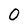
Character: 0